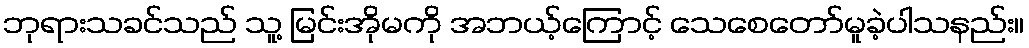
ဘုရားသခင်သည် သူ့ မြင်းအိုမကို အဘယ့်ကြောင့် သေစေတော်မူခဲ့ပါသနည်း။